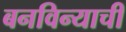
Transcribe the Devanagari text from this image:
बनविन्याची